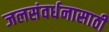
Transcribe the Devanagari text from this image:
जलसंवर्धनासाठी